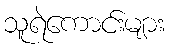
သူရဲကောင်းများ